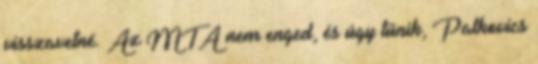
visszavetné. Az MTA nem enged, és úgy tűnik, Palkovics